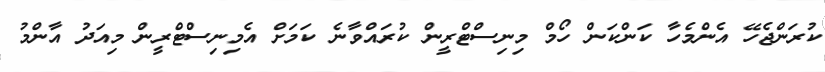
ކުރަންޖެހޭ އެންމެހާ ކަންކަން ހޯމް މިނިސްޓްރީން ކުރައްވާނެ ކަމަށް އެމިނިސްޓްރީން މިއަދު އާންމު